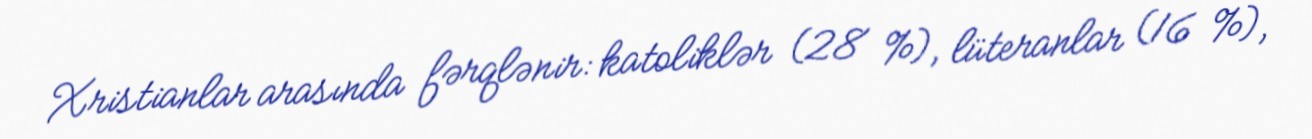
Xristianlar arasında fərqlənir: katoliklər (28 %), lüteranlar (16 %),